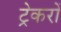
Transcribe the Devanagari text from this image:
ट्रेकरों